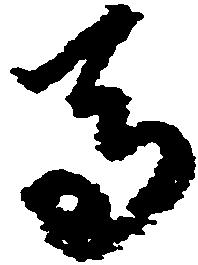
馬